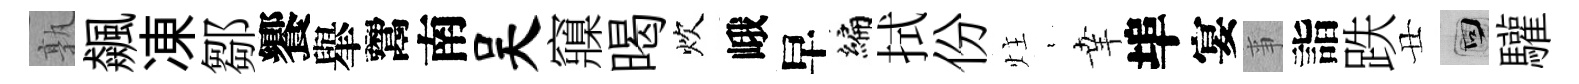
孰飆凍鄒饗𦦙鬻南吴䆿暍炊峨早编拭份炷裊𦍒埠宴亊詣跌丑回驩